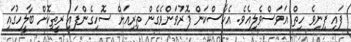
ފައި ފިނިވެ ހިތް އަވަސްވެލިއެވެ. އެހާސްކަން ފޮރުވަންވެގެން ތިރިއަށް ސޮހިގެންފައި ރީތިކޮށް ބާލީހުގައި